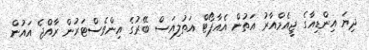
ދިޔަ އިންޑިއާގެ ޖީއެމްއާރު އަތުން އެއާޕޯޓް އަތުލިއަސް ބޭރުގެ އިންވެސްޓަރުން ރާއްޖެ އައުން